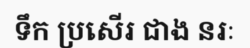
ទឹក ប្រសើរ ជាង នរៈ